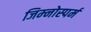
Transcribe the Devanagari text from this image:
जिम्‍नोस्‍पर्म